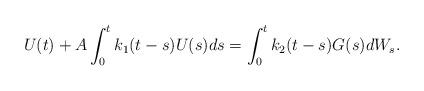
LaTeX: \begin{align*} U(t)+A \int^t_0k_1(t-s)U(s)ds=\int^t_0k_2(t-s)G(s)dW_s.\end{align*}